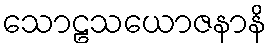
သောဠသယောဇနာနိ